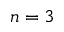
n = 3